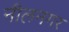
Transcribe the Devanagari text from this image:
नीलनगर